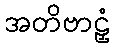
အတိဗာဠှံ